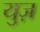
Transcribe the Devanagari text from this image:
युज़